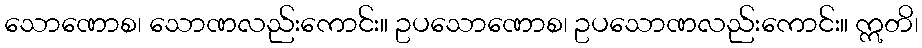
သောဏောစ၊ သောဏလည်းကောင်း။ ဥပသောဏောစ၊ ဥပသောဏလည်းကောင်း။ ဣတိ၊